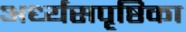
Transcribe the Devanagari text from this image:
अर्ध्यसपृष्ठिका